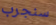
سنجرب